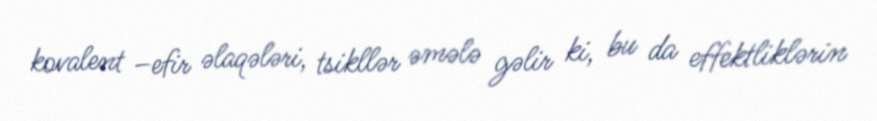
kovalent –efir əlaqələri, tsikllər əmələ gəlir ki, bu da effektliklərin